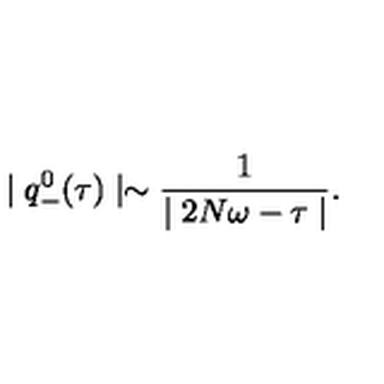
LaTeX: \mid q _ { - } ^ { 0 } ( \tau ) \mid \sim \frac { 1 } { \mid 2 N \omega - \tau \mid } .